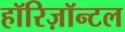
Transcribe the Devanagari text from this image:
हॉरिज़ॉन्टल